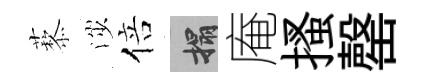
藜渉倍搨庵搔罄